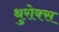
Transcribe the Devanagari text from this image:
थुरोक्स